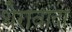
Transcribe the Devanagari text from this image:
थेरावादा